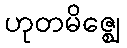
ဟုတမိဇ္ဈေ